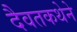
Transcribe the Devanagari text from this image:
दैवतकथेने